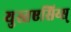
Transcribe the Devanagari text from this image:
युस्तएसिय्स्